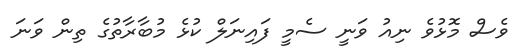
ވެސް މޮޅުވެ ނިއު ވަނީ ސެމީ ފައިނަލް ކުޅެ މުބާރާތުގެ ތިން ވަނަ